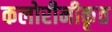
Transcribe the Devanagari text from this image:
कलोरीनीकृत